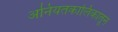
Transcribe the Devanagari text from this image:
अनियतकालिकातून